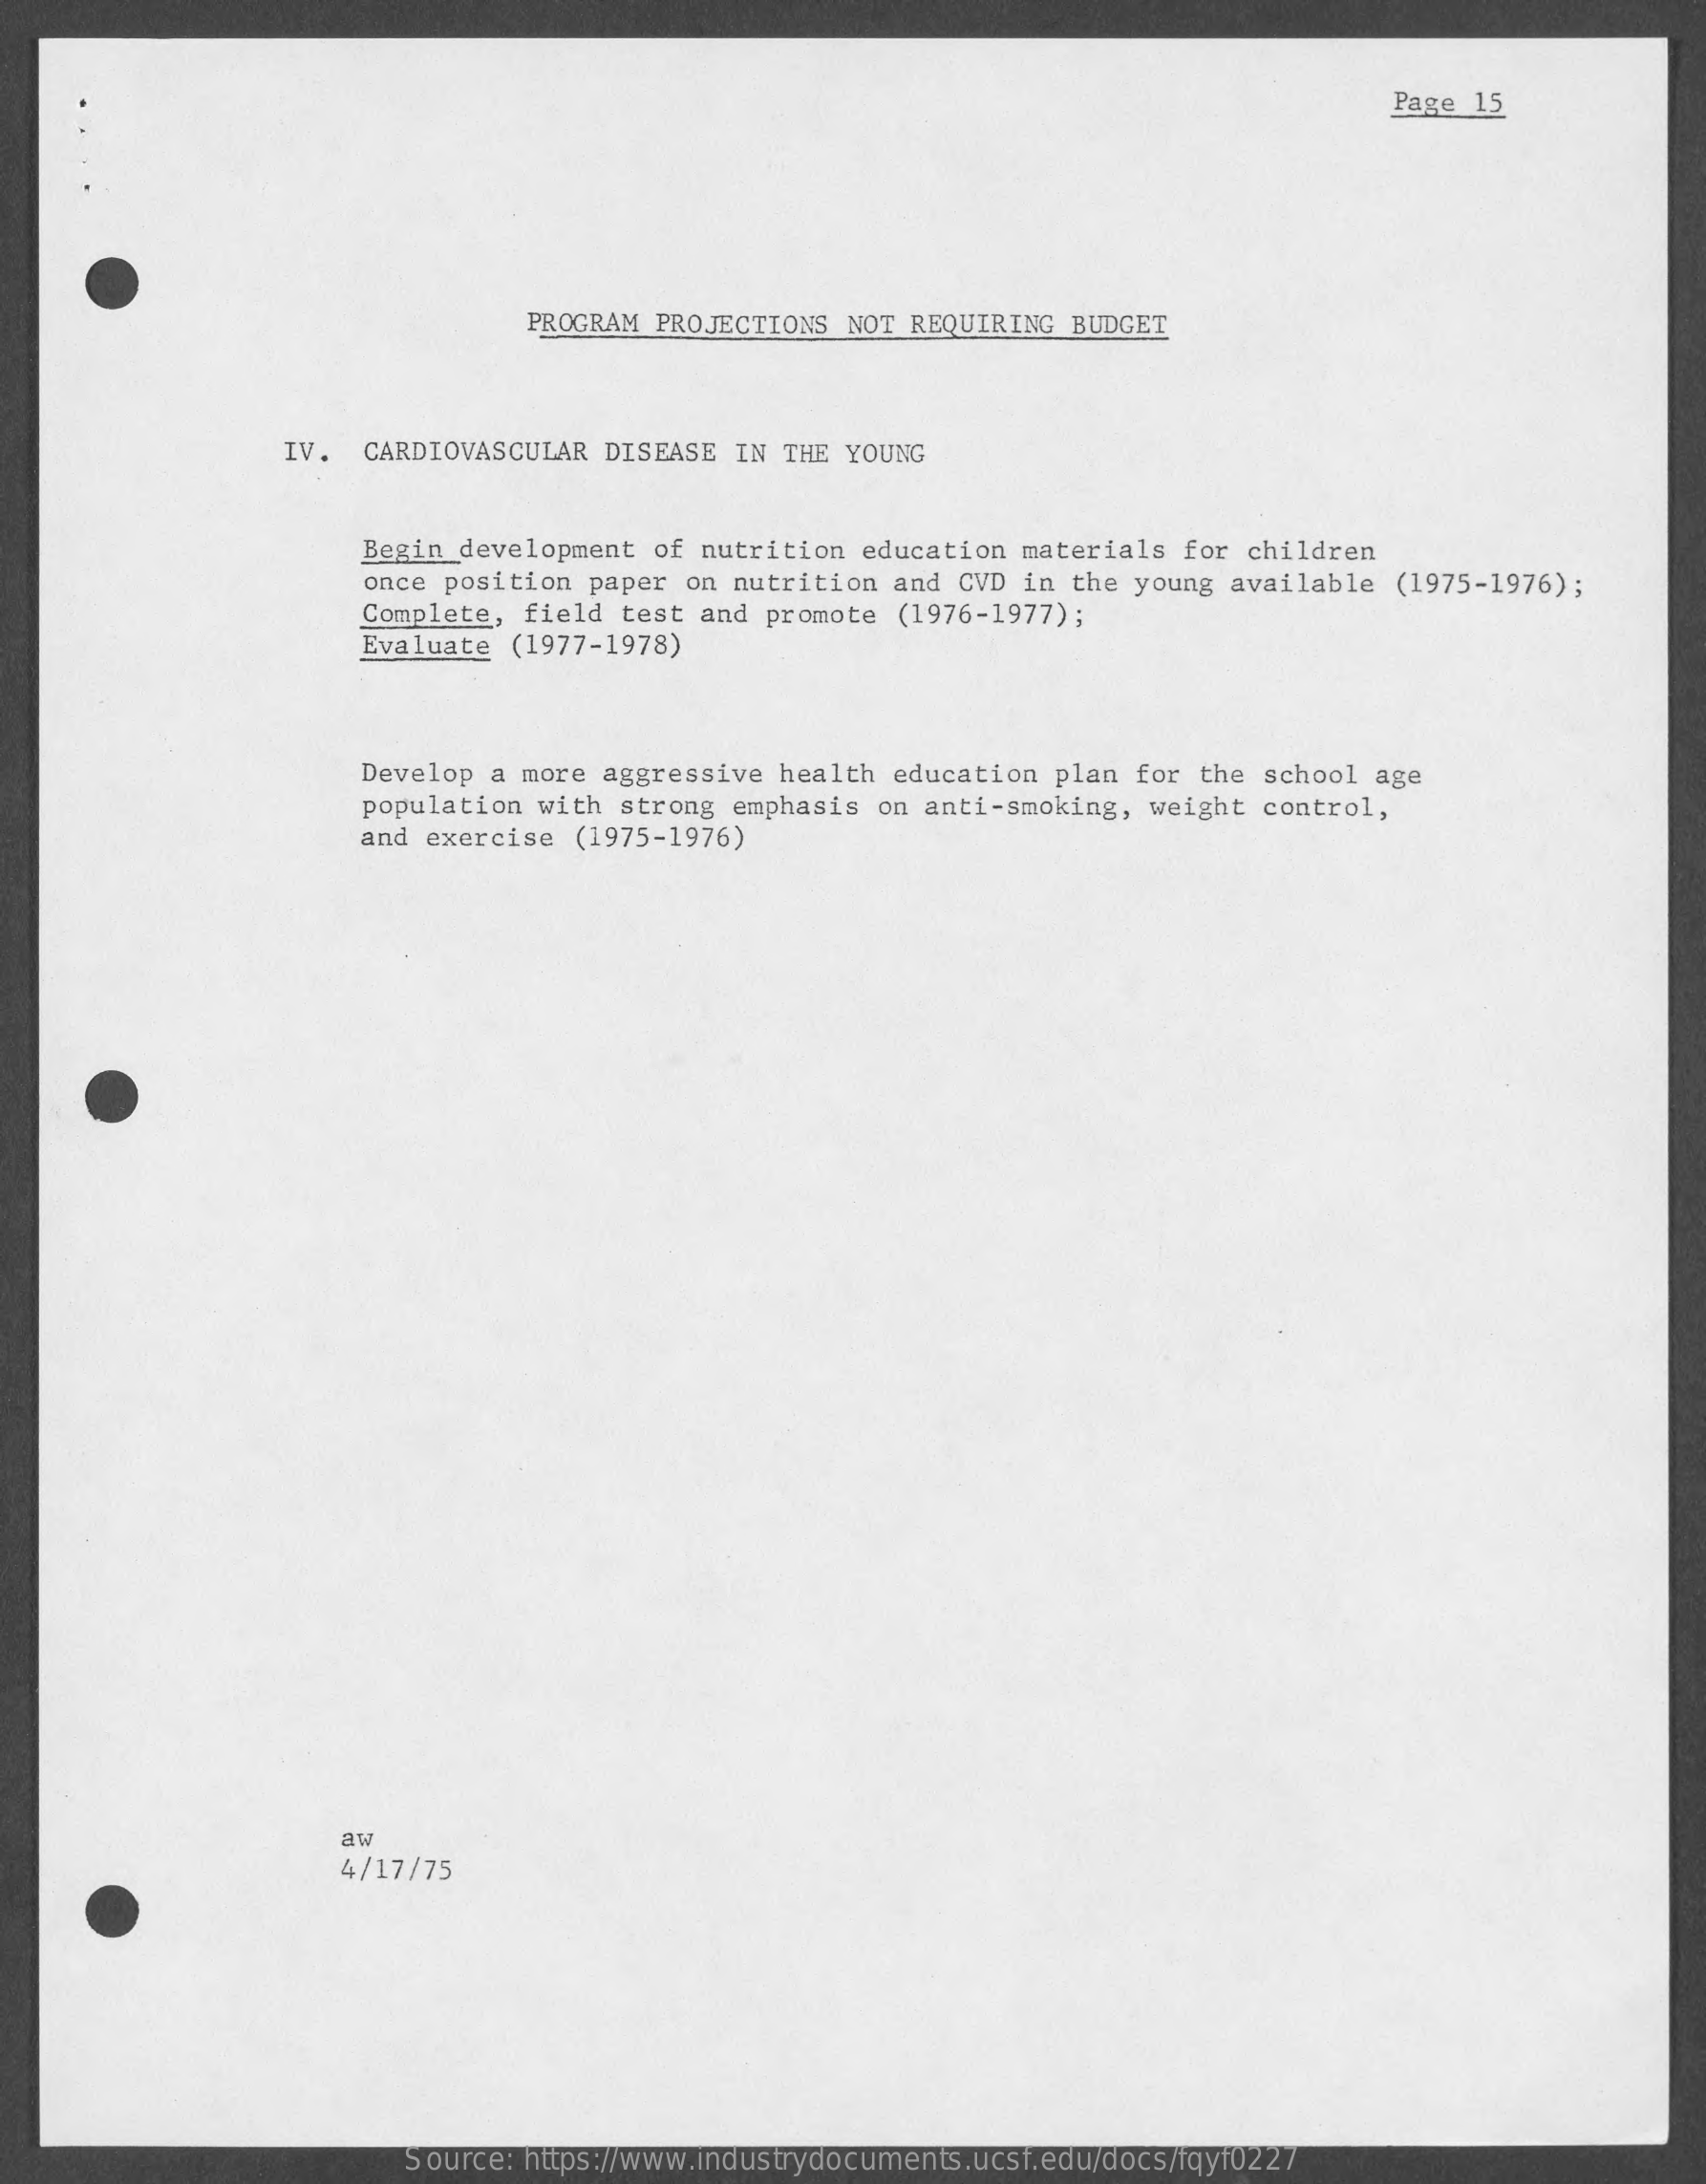
Page 15
     PROGRAM PROJECTIONS NOT REQUIRING BUDGET
     IV. CARDIOVASCULAR DISEASE IN THE YOUNG
     Begin development of nutrition education materials for children
     once position paper on nutrition and CVD in the young available (1975-1976);
     Complete, field test and promote (1976-1977) ;
     Evaluate (1977-1978)
     Develop a more aggressive health education plan for the school age
     population with strong emphasis on anti-smoking, weight control,
     and exercise (1975-1976)
     aw
     4/17/75
     Source: https://www.industrydocuments.ucsf.edu/docs/fqyf0227